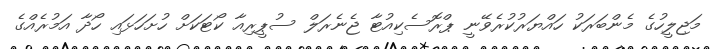
މަޖިލީހުގެ މެންބަރަކު ހައްޔަރުކުރެވޭނީ ޕްރޮސެކިއުޓާ ޖެނެރަލް ސުޕީރިއާ ކޯޓަކަށް ހުށަހަޅައި ހޯދާ އަމުރެއްގެ